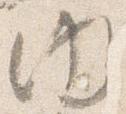
内